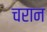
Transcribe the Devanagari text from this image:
चरान